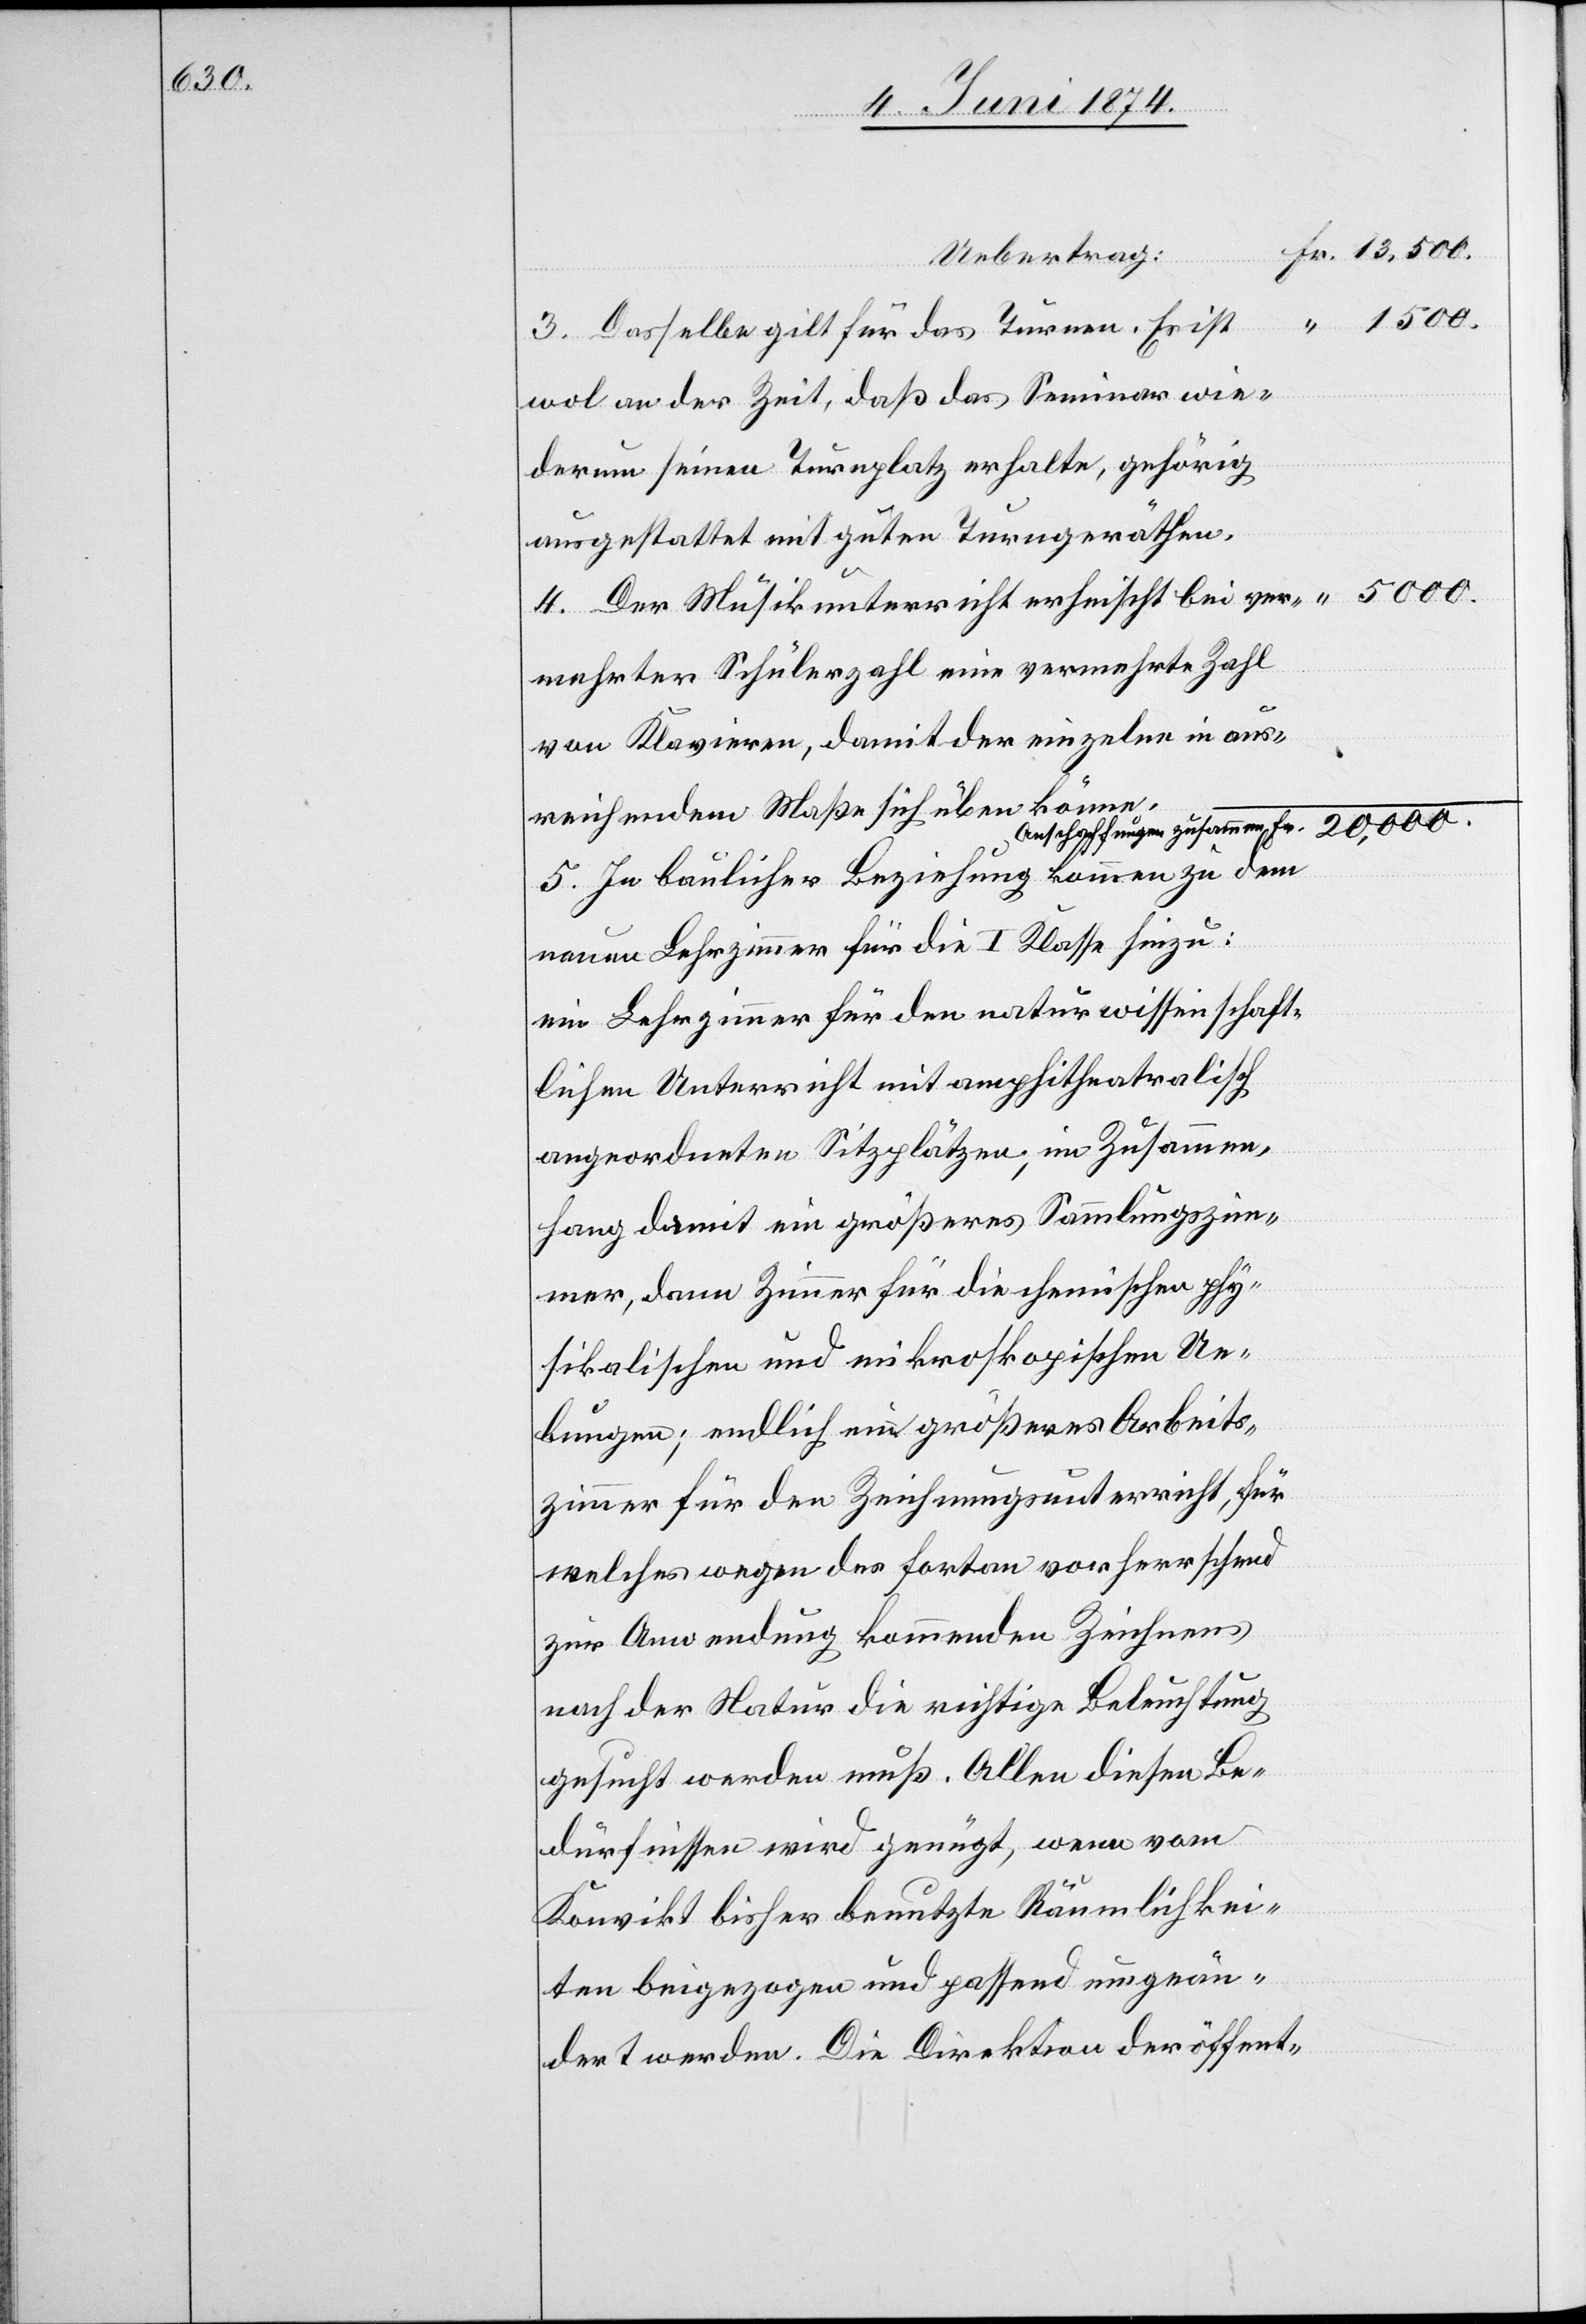
5000.

Uebertrag:
Arbeits¬
3. Dasselbe gilt für das Turnen. Es ist
wol an der Zeit, daß das Seminar wie¬
derum seinen Turnplatz erhalte, gehörig
ausgestattet mit guten Turngeräthen.
4. Der Musikunterricht erheischt bei ver¬
mehrter Schülerzahl eine vermehrte Zahl
Fr.
von Klavieren, damit der einzelne in aus¬
größeres
reichendem Maße sich üben könne.
5. In baulicher Beziehung kommen zu dem
neuen Lehrzimmer für die I. Klasse hinzu:
ein Lehrzimmer für den naturwissenschaft¬
lichen Unterricht mit amphitheatralisch
angeordneten Sitzplätzen im Zusammen¬
zimmer für den Zeichnungsunterricht, für
welches wegen des fortan vorherrschend
zur Anwendung kommenden Zeichnens
nach der Natur die richtige Beleuchtung
gesucht werden muß. Allen diesen Be¬
dürfnissen wird genügt, wenn vom
Konvikt bisher benutzte Räumlichkei¬
ten beigezogen und passend umgeän¬
dert werden. Die Direktion der öffent-